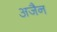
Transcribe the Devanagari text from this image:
अजैन